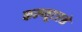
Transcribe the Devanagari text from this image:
कम्प्यूटरसे